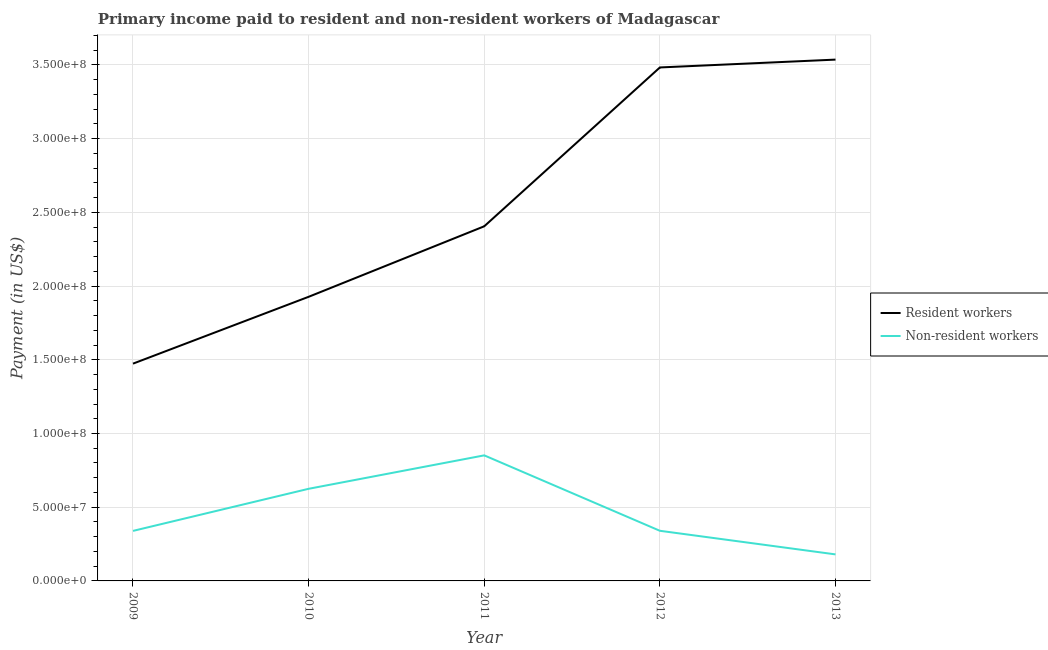
| Year | Resident workers | Non-resident workers |
 | --- | --- | --- |
 | 2009 | 1.47e+08 | 3.39e+07 |
 | 2010 | 1.93e+08 | 6.25e+07 |
 | 2011 | 2.41e+08 | 8.52e+07 |
 | 2012 | 3.48e+08 | 3.4e+07 |
 | 2013 | 3.54e+08 | 1.8e+07 |